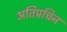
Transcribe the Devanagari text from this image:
अतिप्रचिन